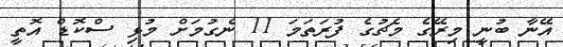
އޭނާ ބުނީ މިރޭގެ މެޗުގެ ފުރަތަމަ 11 ނެގުމަށް މުޅި ސްކޮޑް އޮތީ